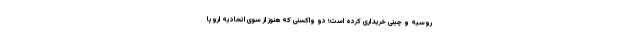
روسیه و چینی خریداری کرده است؛ دو واکسنی که هنوز از سوی اتحادیه اروپا